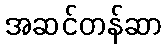
အဆင်တန်ဆာ